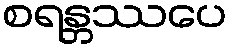
စရန္တဿပေ